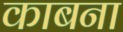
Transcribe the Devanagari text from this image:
काबना